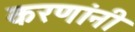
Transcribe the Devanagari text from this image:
करणांनी